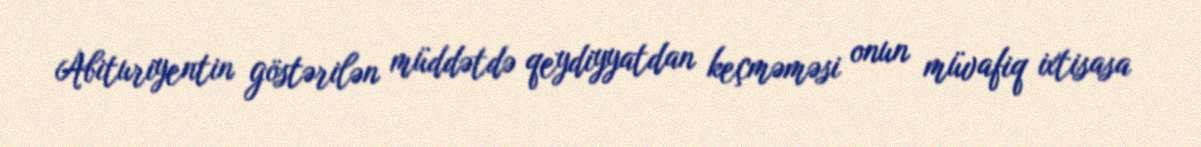
Abituriyentin göstərilən müddətdə qeydiyyatdan keçməməsi onun müvafiq ixtisasa